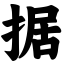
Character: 据